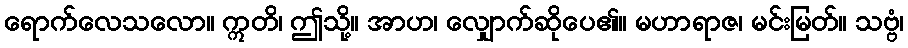
ရောက်လေသလော။ ဣတိ၊ ဤသို့။ အာဟ၊ လျှောက်ဆိုပေ၏။ မဟာရာဇ၊ မင်းမြတ်။ သဗ္ဗံ၊